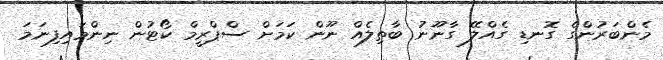
މެންބަރުންގެ ގޮނޑި ގެއްލޭ ގާނޫނު ބާތިލެއް ނޫން ކަމަށް ސްޕްރީމް ކޯޓުން ނިންމައިފިނަމަ